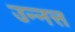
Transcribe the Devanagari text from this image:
उन्नत्त